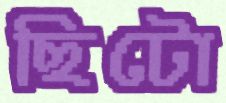
ছিটো